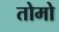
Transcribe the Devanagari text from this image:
तोमो